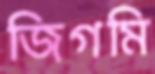
জিগমি